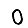
Digit: 0